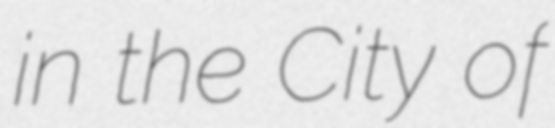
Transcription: in the City of